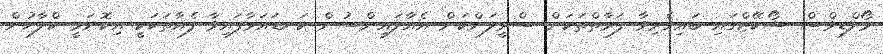
މޯލްޑިވްސް ޝޯކޭޒްގައި ބައިވެރިވާ ފަރާތްތަކަށް ސްރީލަންކަން އެއާލައިންސުން ކަނޑައަޅާފައިވާ ފެއާތަކަކީ އިކޮނަމީ ކްލާހުން